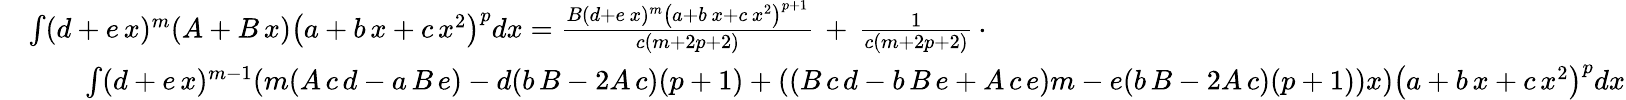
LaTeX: {\begin{array}{rl}&{\int(d+e\, x)^{m}(A+B\, x)\left(a+b\, x+c\, x^{2}\right)^{p}dx={\frac{B(d+e\, x)^{m}\left(a+b\, x+c\, x^{2}\right)^{p+1}}{c(m+2p+2)}}\, +\, {\frac{1}{c(m+2p+2)}}\, \cdot}\\ &{\qquad\int(d+e\, x)^{m-1}(m(A\, c\, d-a\, B\, e)-d(b\, B-2A\, c)(p+1)+((B\, c\, d-b\, B\, e+A\, c\, e)m-e(b\, B-2A\, c)(p+1))x)\left(a+b\, x+c\, x^{2}\right)^{p}dx}\end{array}}